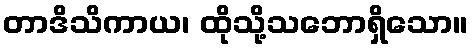
တာဒိသိကာယ၊ ထိုသို့သဘောရှိသော။